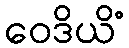
ဝေဒိယိံ